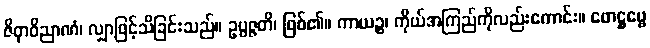
ဇိဝှာဝိညာဏံ၊ လျှာဖြင့်သိခြင်းသည်။ ဥပ္ပဇ္ဇတိ၊ ဖြစ်၏။ ကာယဉ္စ၊ ကိုယ်အကြည်ကိုလည်းကောင်း။ ဖောဋ္ဌဗ္ဗေ